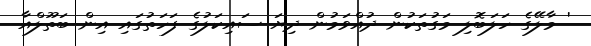
' މާލޭގެ ހަލަބޮލި މަގުތަކުން ދުއްވަމުން ދިޔަ ސައިކަލުގެ ފަހަތުގައި އިން ބަތޫލްއާ